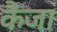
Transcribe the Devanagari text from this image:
कैंजा